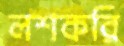
লশকরি